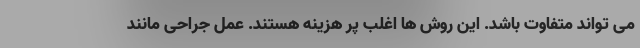
می تواند متفاوت باشد. این روش ها اغلب پر هزینه هستند. عمل جراحی مانند